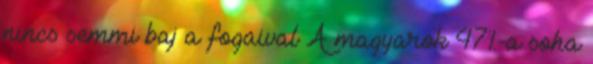
nincs semmi baj a fogaival A magyarok 47%-a soha